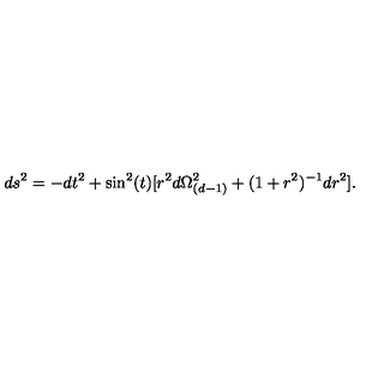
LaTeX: d s ^ { 2 } = - d t ^ { 2 } + \sin ^ { 2 } ( t ) [ r ^ { 2 } d \Omega _ { ( d - 1 ) } ^ { 2 } + ( 1 + r ^ { 2 } ) ^ { - 1 } d r ^ { 2 } ] .